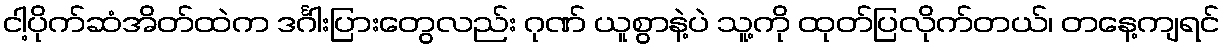
ငါ့ပိုက်ဆံအိတ်ထဲက ဒင်္ဂါးပြားတွေလည်း ဂုဏ် ယူစွာနဲ့ပဲ သူ့ကို ထုတ်ပြလိုက်တယ်၊ တနေ့ကျရင်